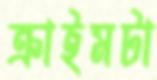
ক্রাইমটা